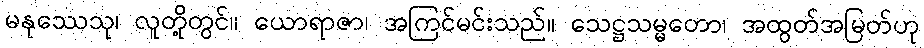
မနုဿေသု၊ လူတို့တွင်။ ယောရာဇာ၊ အကြင်မင်းသည်။ သေဋ္ဌသမ္မတော၊ အထွတ်အမြတ်ဟု